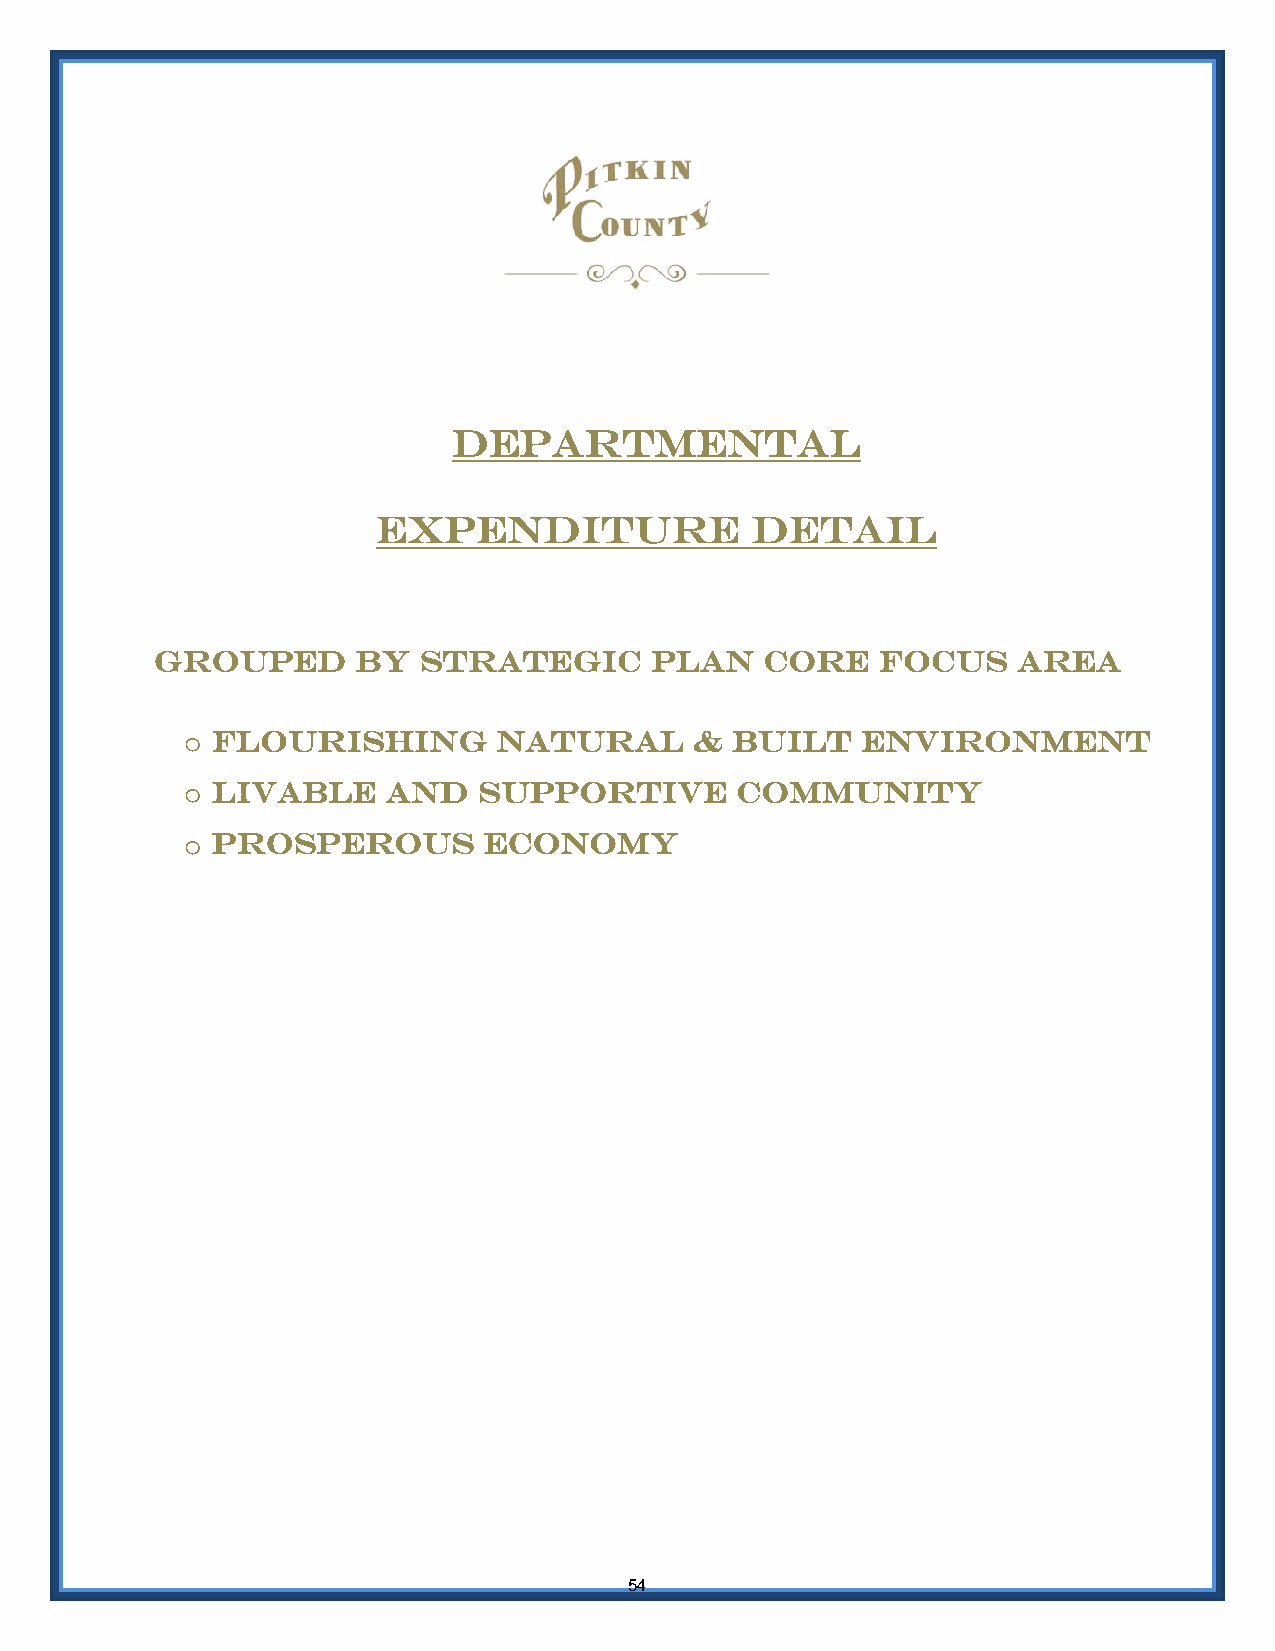
Departmental
 expenditure              detail
 Grouped       by  strategic      plan    core   focus    area
 o Flourishing        natural      & built    environment
 o Livable     and   supportive       community
 o Prosperous        economy
 54